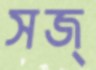
সজ্